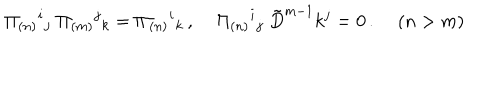
LaTeX: \Pi _ { ( n ) } { } ^ { i } { } _ { j } \; \Pi _ { ( m ) } { } ^ { j } { } _ { k } = \Pi _ { ( n ) } { } ^ { i } { } _ { k } \, , \; \Pi _ { ( n ) } { } ^ { i } { } _ { j } \; \tilde { D } ^ { m - 1 } k ^ { j } = 0 \, . \; ( n > m )